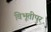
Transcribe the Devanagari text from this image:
विभूतीपुर